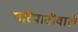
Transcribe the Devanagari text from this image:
परिपाटीवाले